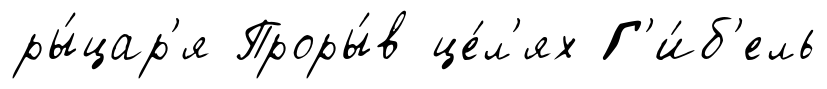
ры́цар'я Проры́в це́л'ях Г'и́б'ель